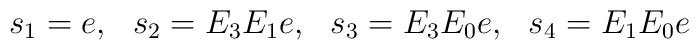
s_1 = e, \ \ s_2 = E_3 E_1e, \ \ s_3 = E_3E_0 e, \ \ s_4 = E_1 E_0 e